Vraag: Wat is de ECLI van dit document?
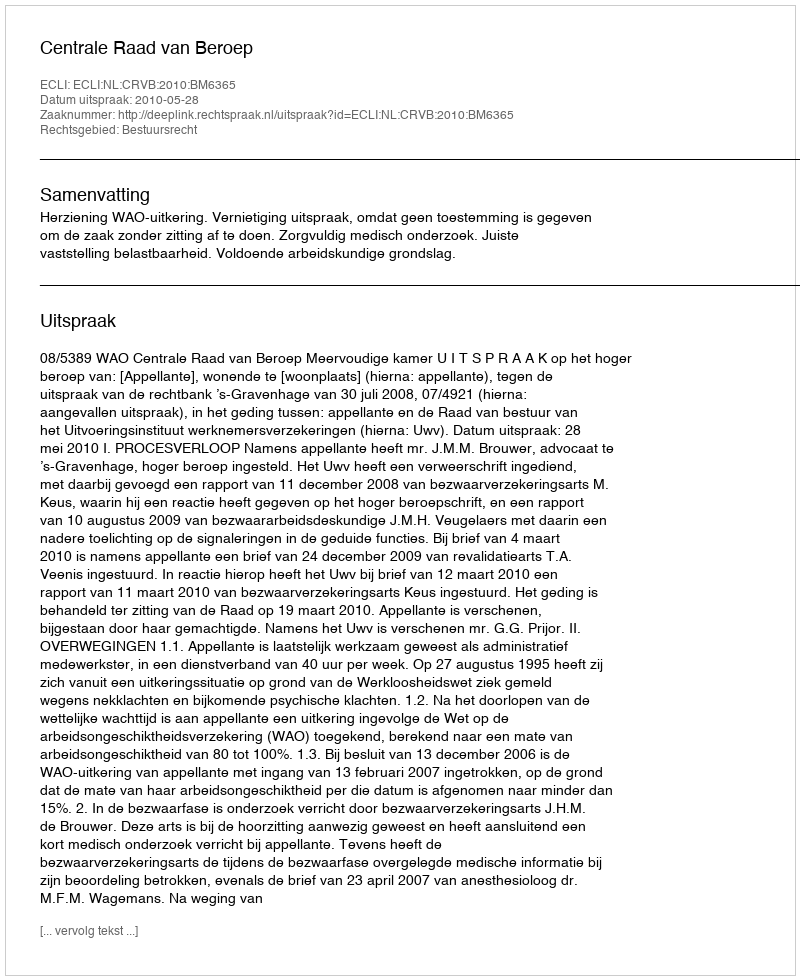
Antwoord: ECLI:NL:CRVB:2010:BM6365